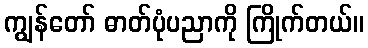
ကျွန်တော် ဓာတ်ပုံပညာကို ကြိုက်တယ်။